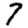
Digit: 7